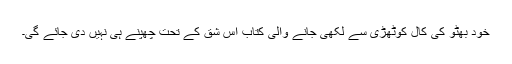
خود بھٹو کی کال کوٹھڑی سے لکھی جانے والی کتاب اس شق کے تحت چھپنے ہی نہیں دی جائے گی۔